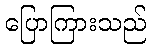
ပြောကြားသည်